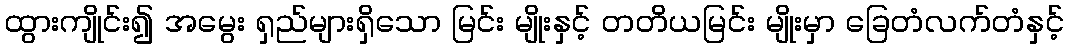
ထွားကျိုင်း၍ အမွေး ရှည်များရှိသော မြင်း မျိုးနှင့် တတိယမြင်း မျိုးမှာ ခြေတံလက်တံနှင့်